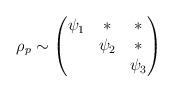
LaTeX: \begin{align*}\rho_p \sim \begin{pmatrix}\psi_1 & * & *\\& \psi_2 & *\\& & \psi_3\end{pmatrix}\end{align*}